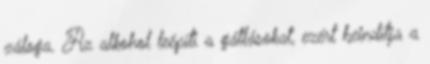
záloga. Az alkohol leépíti a gátlásokat, ezért beindítja a